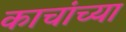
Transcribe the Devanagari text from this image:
काचांच्या